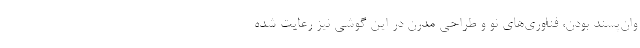
وان‌پسند بودن، فناوری‌های نو و طراحی مدرن در این گوشی نیز رعایت شده